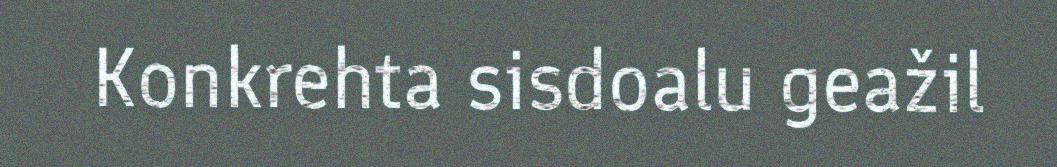
Konkrehta sisdoalu geažil